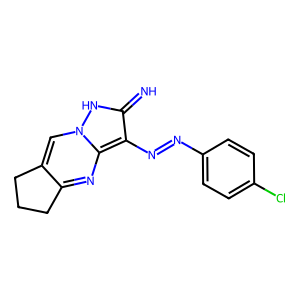
SMILES: N=c1[nH]n2cc3c(nc2c1N=Nc1ccc(Cl)cc1)CCC3
Inhibits HIV replication: No